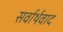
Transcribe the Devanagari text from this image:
सर्वार्थवाद